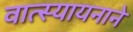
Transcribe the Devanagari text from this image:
वात्स्यायनाने